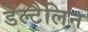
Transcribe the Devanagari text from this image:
डेल्टैलिन